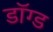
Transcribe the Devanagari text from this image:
डॉग्ड